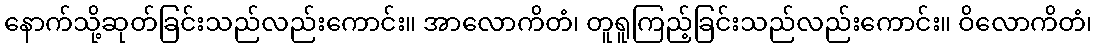
နောက်သို့ဆုတ်ခြင်းသည်လည်းကောင်း။ အာလောကိတံ၊ တူရူကြည့်ခြင်းသည်လည်းကောင်း။ ဝိလောကိတံ၊